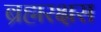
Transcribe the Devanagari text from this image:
ब्रह्मरक्षस